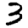
Digit: 3